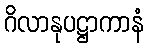
ဂိလာနုပဋ္ဌာကာနံ